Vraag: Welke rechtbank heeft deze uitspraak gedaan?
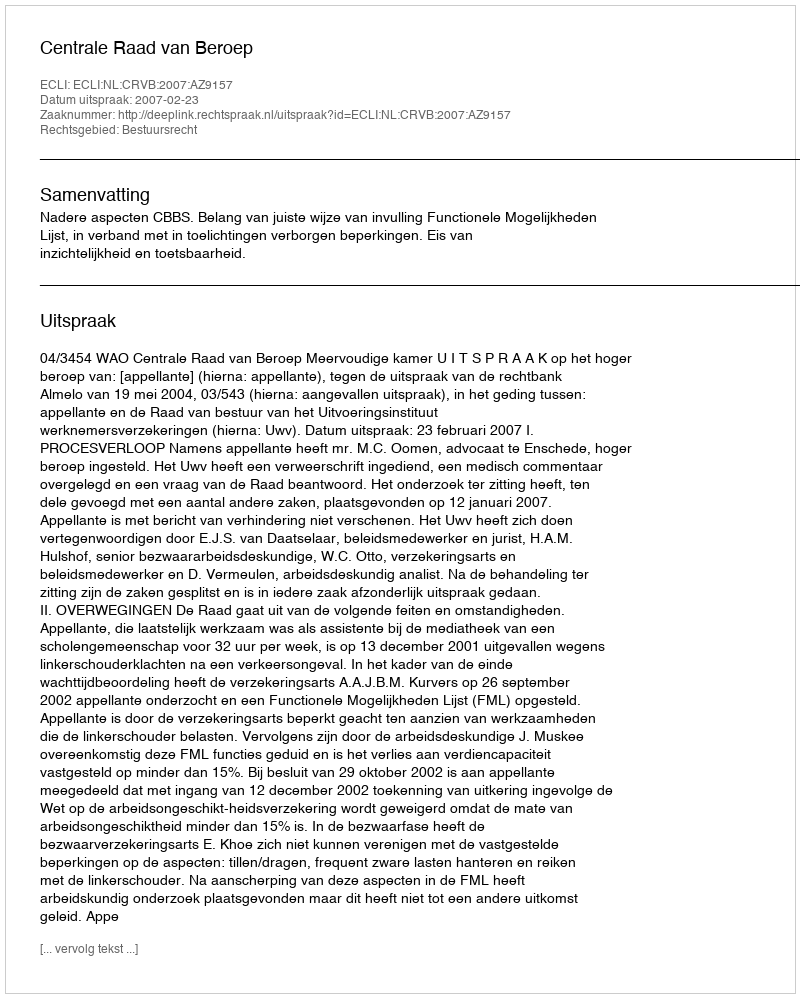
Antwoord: Centrale Raad van Beroep